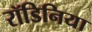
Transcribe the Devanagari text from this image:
रॉडिनिया